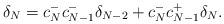
LaTeX: \begin{align*} \delta_N = c_N^-c_{N-1}^-\delta_{N-2} + c_N^-c_{N-1}^+\delta_N. \end{align*}